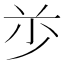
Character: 𰰦